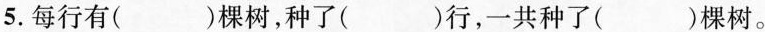
5.每行有（）棵树，种了（）行，一共种了（）棵树。